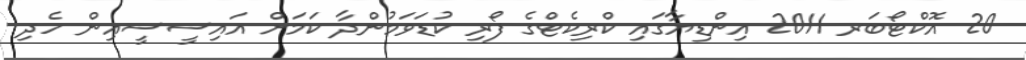
20 އޮކްޓޯބަރ 2011 އިންޑިޔާގައި ކްރިކެޓްގެ ފޯރި ކުޑަވަމުންދާ ކަމަށް އައިސީސީއިން ހެދި